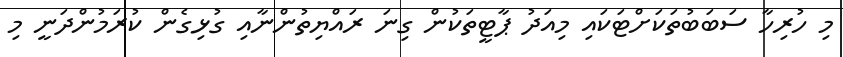
މި ހުރިހާ ސަބަބުތަކަށްޓަކައި މިއަދު ޕާޓީތަކުން ގިނަ ރައްޔިތުންނާއި ގުޅިގެން ކުރަމުންދަނީ މި